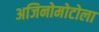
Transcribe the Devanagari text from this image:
अजिनोमोटोला